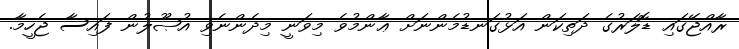
ރާއްޖޭގައި ޑޮލަރުގެ ދަތިކަން އަޅުގަނޑުމެންނަށް ޢާންމުވެ މިވަނީ މިދެންނެވި އުޞޫލުން ފައިސާ ޖެހީމާ.